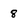
Character: 8